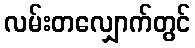
လမ်းတလျှောက်တွင်